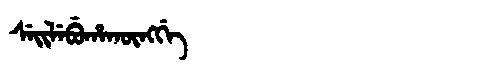
Manchu: ᠰᡝᡳᠯᡝᠪᡠᡥᠠᡴᡡᠩᡤᡝ
Romanization: SEILEBUHAKŪNGGE